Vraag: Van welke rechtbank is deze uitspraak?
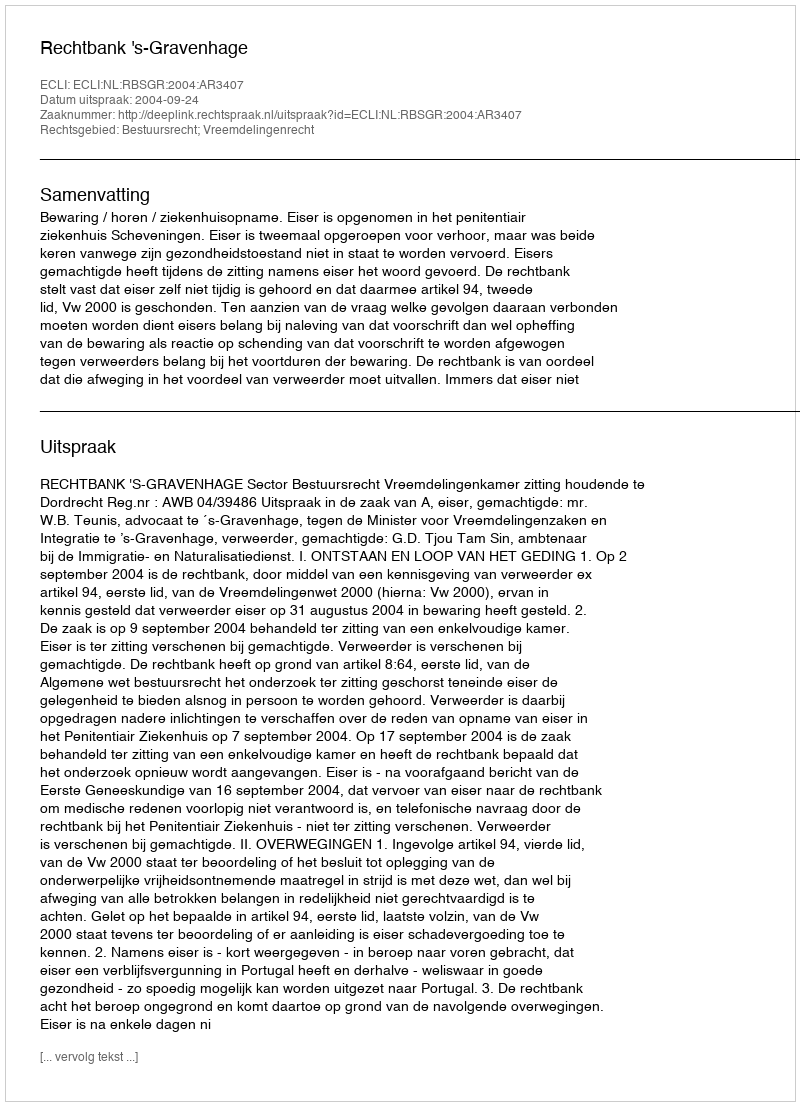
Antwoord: Rechtbank 's-Gravenhage